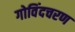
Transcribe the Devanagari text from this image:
गोविंदचरण